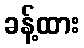
ခန့်ထား